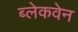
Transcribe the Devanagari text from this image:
ब्लेकवेन